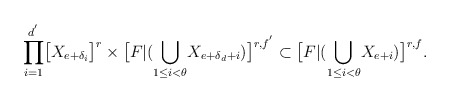
\begin{align*}\displaystyle{\prod_{i=1}^{d^{'}}}\big{[}X_{e+\delta_{i}}\big{]}^{r}\times\big{[}F|(\displaystyle{\bigcup_{1\leq i<\theta}}X_{e+\delta_d+i})\big{]}^{r,f^{'}}\subset\big{[}F|(\displaystyle{\bigcup_{1\leq i<\theta}}X_{e+i})\big{]}^{r,f}.\end{align*}